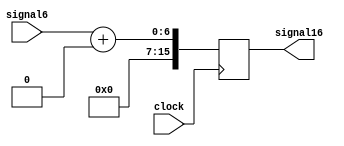
module SignalExtensor(clock, signal6, signal16);

    input clock;
    input [5:0]signal6;

    output reg [15:0]signal16;

    always @ (posedge clock)begin
        signal16 = signal6 + 16'b0000000000000000;
    end

endmodule